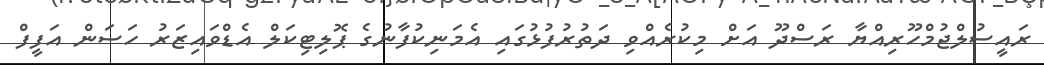
ރައީސުލްޖުމްހޫރިއްޔާ ރަސްދޫ އަށް މިކުރެއްވި ދަތުރުފުޅުގައި އެމަނިކުފާނުގެ ޕޮލިޓިކަލް އެޑްވައިޒަރު ހަސަން އަފީފް